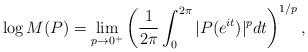
LaTeX: \begin{align*} \log M(P) = \lim_{p\to 0^+}\left( \frac{1}{2\pi} \int_{0}^{2\pi} |P(e^{it})|^pdt\right)^{1/p},\end{align*}